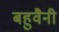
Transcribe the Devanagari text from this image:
बहुवैनी